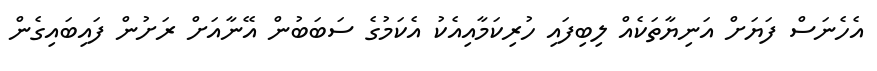
އެހެނަސް ފަޔަށް އަނިޔާތަކެއް ލިބިފައި ހުރިކަމާއިއެކު އެކަމުގެ ސަބަބުން އޭނާއަށް ރަށުން ފައިބައިގެން